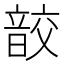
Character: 𩐟